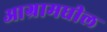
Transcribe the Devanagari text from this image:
आग्रामधील